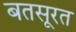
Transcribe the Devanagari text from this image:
बतसूरत